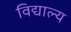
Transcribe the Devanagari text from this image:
विद्याल्य